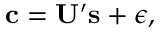
\mathbf { c } = \mathbf { U } ^ { \prime } \mathbf { s } + \boldsymbol \epsilon ,